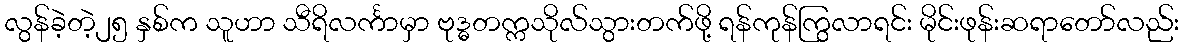
လွန်ခဲ့တဲ့၂၅ နှစ်က သူဟာ သီရိလင်္ကာမှာ ဗုဒ္ဓတက္ကသိုလ်သွားတက်ဖို့ ရန်ကုန်ကြွလာရင်း မိုင်းဖုန်းဆရာတော်လည်း